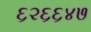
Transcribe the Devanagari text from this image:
६२६६४७